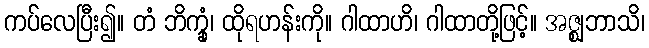
ကပ်လေပြီး၍။ တံ ဘိက္ခုံ၊ ထိုရဟန်းကို။ ဂါထာဟိ၊ ဂါထာတို့ဖြင့်။ အဇ္ဈဘာသိ၊